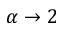
\alpha \to 2